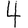
Digit: 4